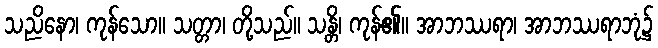
သညိနော၊ ကုန်သော။ သတ္တာ၊ တို့သည်။ သန္တိ၊ ကုန်၏။ အာဘဿရာ၊ အာဘဿရာဘုံ၌